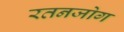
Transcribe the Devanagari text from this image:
रतनजोग